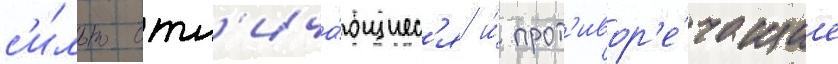
с'и́льно отл'ича́ющиес'я и́ прот'ивор'е́чащие